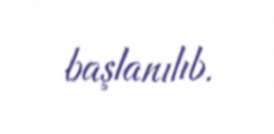
başlanılıb.